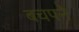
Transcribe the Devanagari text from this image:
बचपने